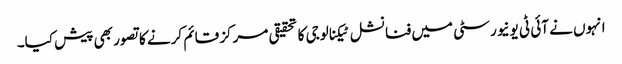
انہوں نے آئی ٹی یونیورسٹی میں فنانشل ٹیکنالوجی کا تحقیقی مرکز قائم کرنے کا تصور بھی پیش کیا۔